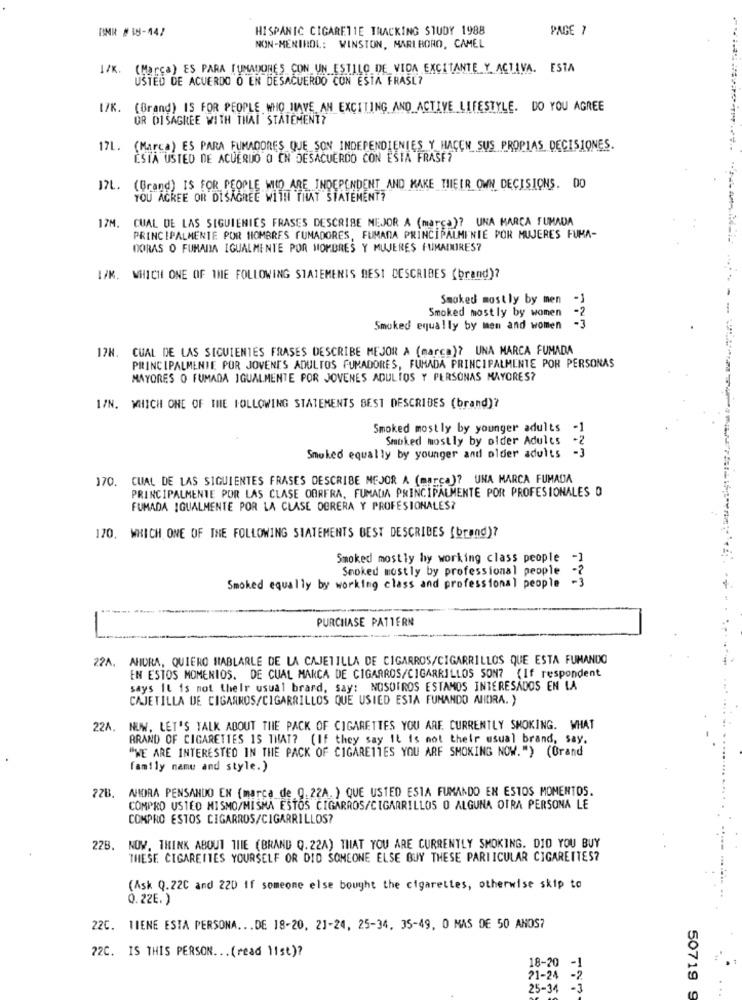
BNR #18-44/
HISPANIC CIGARETTE TRACKING STUDY 1988
PAGE 7
NON-MENTHOL: WINSTON, MARLBORO, CAMEL
1/K. (Marça) ES PARA FUMADORES CON UN ESTILO DE VIDA EXCITANTE Y ACTIVA. ESTA
USTED DE ACUERDO O EN DESACUERDO CON ESTA FRASE?
17K. (Brand) IS FOR PEOPLE WHO HAVE AN EXCITING AND ACTIVE LIFESTYLE. DO YOU AGREE
OR DISAGREE WITH THAI STATEMENT?
17L. (Marca) ES PARA FUMADORES QUE SON INDEPENDIENTES Y HACEN SUS PROPIAS DECISIONES.
ESTA USTED DE ACUERDO O EN DESACUERDO CON ESTA FRASE?
17L. (Brand) IS FOR PEOPLE WILD ARE INDEPENDENT AND MAKE THEIR OWN DECISIONS. DO
YOU ACREE OR DISAGREE WITH THAT STATEMENT?
17M.
CUAL DE LAS SIGUIENIES FRASES DESCRIBE MEJOR A (marca)? UNA MARCA FUMADA
PRINCIPALMENTE POR HOMBRES FUMADORES, FUMADA PRINCIPALMENTE POR MUJERES FUMA-
DORAS O FUMADA IGUALMENTE POR HOMBRES Y MUJERES FUMADORES?
I/K. WHICH ONE OF THE FOLLOWING STATEMENTS DESI DESCRIBES (brand)?
Smoked mostly by men
Smoked mostly by women
-2
-
Smoked equally by men and women
I7N. CUAL DE LAS SIGUIENTES FRASES DESCRIBE MEJOR A (marca)? UNA MARCA FUMADA
PRINCIPALMENTE PUR JOVENE'S ADULTOS FUMADORES, FUMADA PRINCIPALMENTE POR PERSONAS
MAYORES O FUMADA IGUALMENTE POR JOVENES ADULTOS Y PERSONAS MAYORES?
I/N. WHICH ONE OF THE FOLLOWING STATEMENTS BEST DESCRIBES (brand)?
Smoked mostly by younger adults
-1
Smoked mostly by older Adults
Smoked equally by younger and older adults
170. CUAL DE LAS SIGUIENTES FRASES DESCRIBE MEJOR A (marca)? UNA MARCA FUMADA
PRINCIPALMENTE POR LAS CLASE OBRERA, FUMADA PRINCIPALMENTE POR PROFESIONALES O
FUMADA IGUALMENTE POR LA CLASE OBRERA Y PROFESIONALES?
170. WHICH ONE OF THE FOLLOWING STATEMENTS BEST DESCRIBES (brand)?
Smoked mostly hy working class people -1
Smoked mostly by professional people
Smoked equally by working class and professional people -3
PURCHASE PATTERN
-
22A. AHORA, QUIERO HABLARLE DE LA CAJETILLA DE CIGARROS/CIGARRILLOS QUE ESTA FUMANDO
EN ESTOS MOMENTOS. DE CUAL MARCA DE CIGARROS/CIGARRILLOS SON? (If respondent
says It is not their usual brard, say: NOSOTROS ESTAMOS INTERESADOS EN LA
CAJETILLA DE CIGARROS/CIGARRILLOS QUE USTED ESTA FUMANDO ANDRA. )
22A. NUW. LET'S TALK ABOUT THE PACK OF CIGARETTES YOU ARE CURRENTLY SMOKING. WHAT
BRAND OF CIGARETTES IS THAT? (If they say It is not their usual brand, say.
"WE ARE INTERESTED IN THE PACK OF CIGARETTES YOU ARF SMOKING NOW.") (Orand
family name and style.)
72B. AHORA PENSANDO EN (marca de g.22A.) QUE USTED ESTA FUMANDO EN ESTOS MOMENTOS.
COMPRO USTED MISMO/MISMA ESTOS CIGARROS/CIGARRILLOS O ALGUNA OTRA PERSONA LE
COMPRO ESTOS CIGARROS/CIGARRILLOS?
22B.
NOW. THINK ABOUT THE (BRAND Q. 22A) THAT YOU ARE CURRENTLY SMOKING. DID YOU BUY
THESE CIGARETTES YOURSELF OR DID SOMEONE ELSE BUY THESE PARTICULAR CIGARETTES?
(Ask Q.22C and 22D if someone else bought the cigarettes, otherwise skip to
0.22E. )
22C. TIENE ESTA PERSONA ... DE 18-20, 23-24, 25-34, 35-49, 0 MAS DE 50 ANOS?
72C. IS THIS PERSON ... (read 11st)?
18-20
-1
21-24
-2
25-34
-3
50719 9